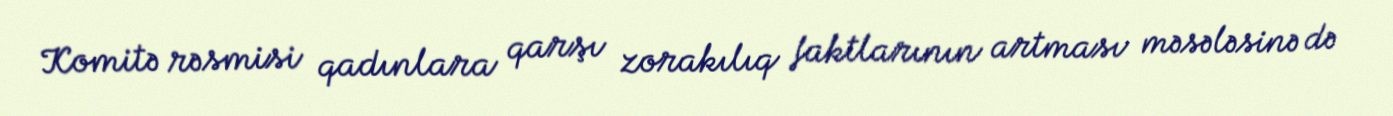
Komitə rəsmisi qadınlara qarşı zorakılıq faktlarının artması məsələsinə də